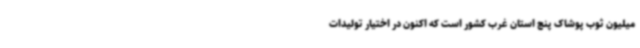
میلیون ثوب پوشاک پنج استان غرب کشور است که اکنون در اختیار تولیدات